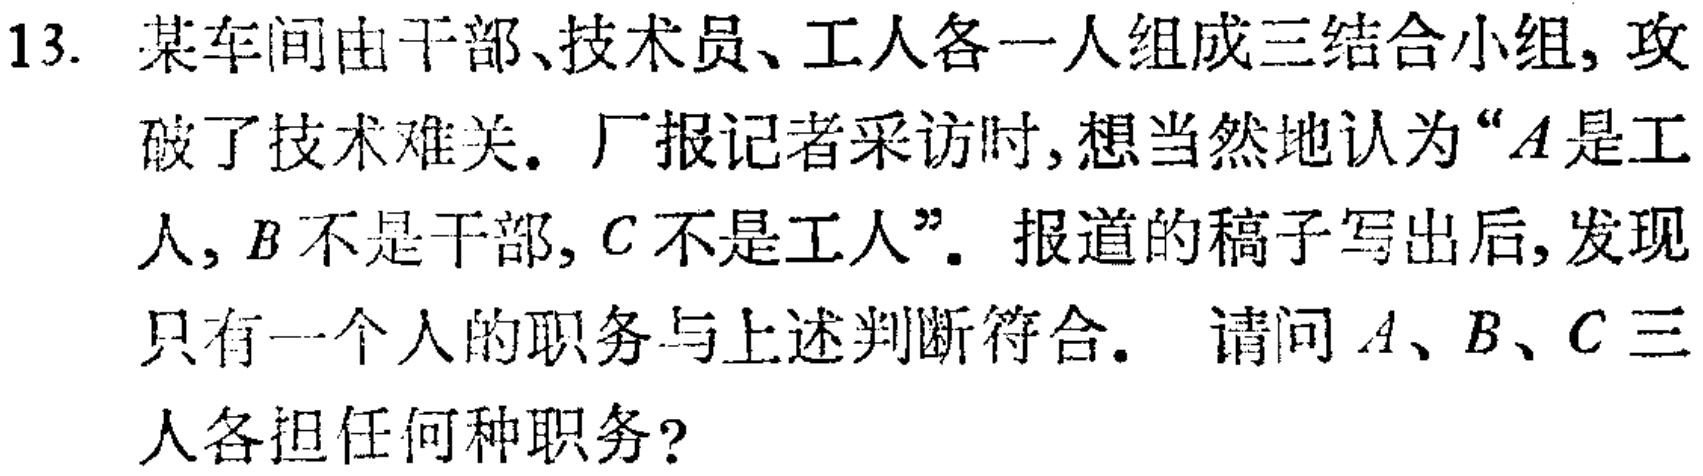
13. 某车间由干部、技术员、工人各一人组成三结合小组, 攻

破了技术难关. 厂报记者采访时, 想当然地认为“\(A\)是工

人, \(B\)不是干部, \(C\)不是工人”. 报道的稿子写出后, 发现

只有一个人的职务与上述判断符合. 请问\(A\)、\(B\)、\(C\)三

人各担任何种职务?